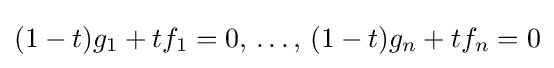
(1-t)g_{1}+tf_{1}=0,\,\ldots ,\,(1-t)g_{n}+tf_{n}=0